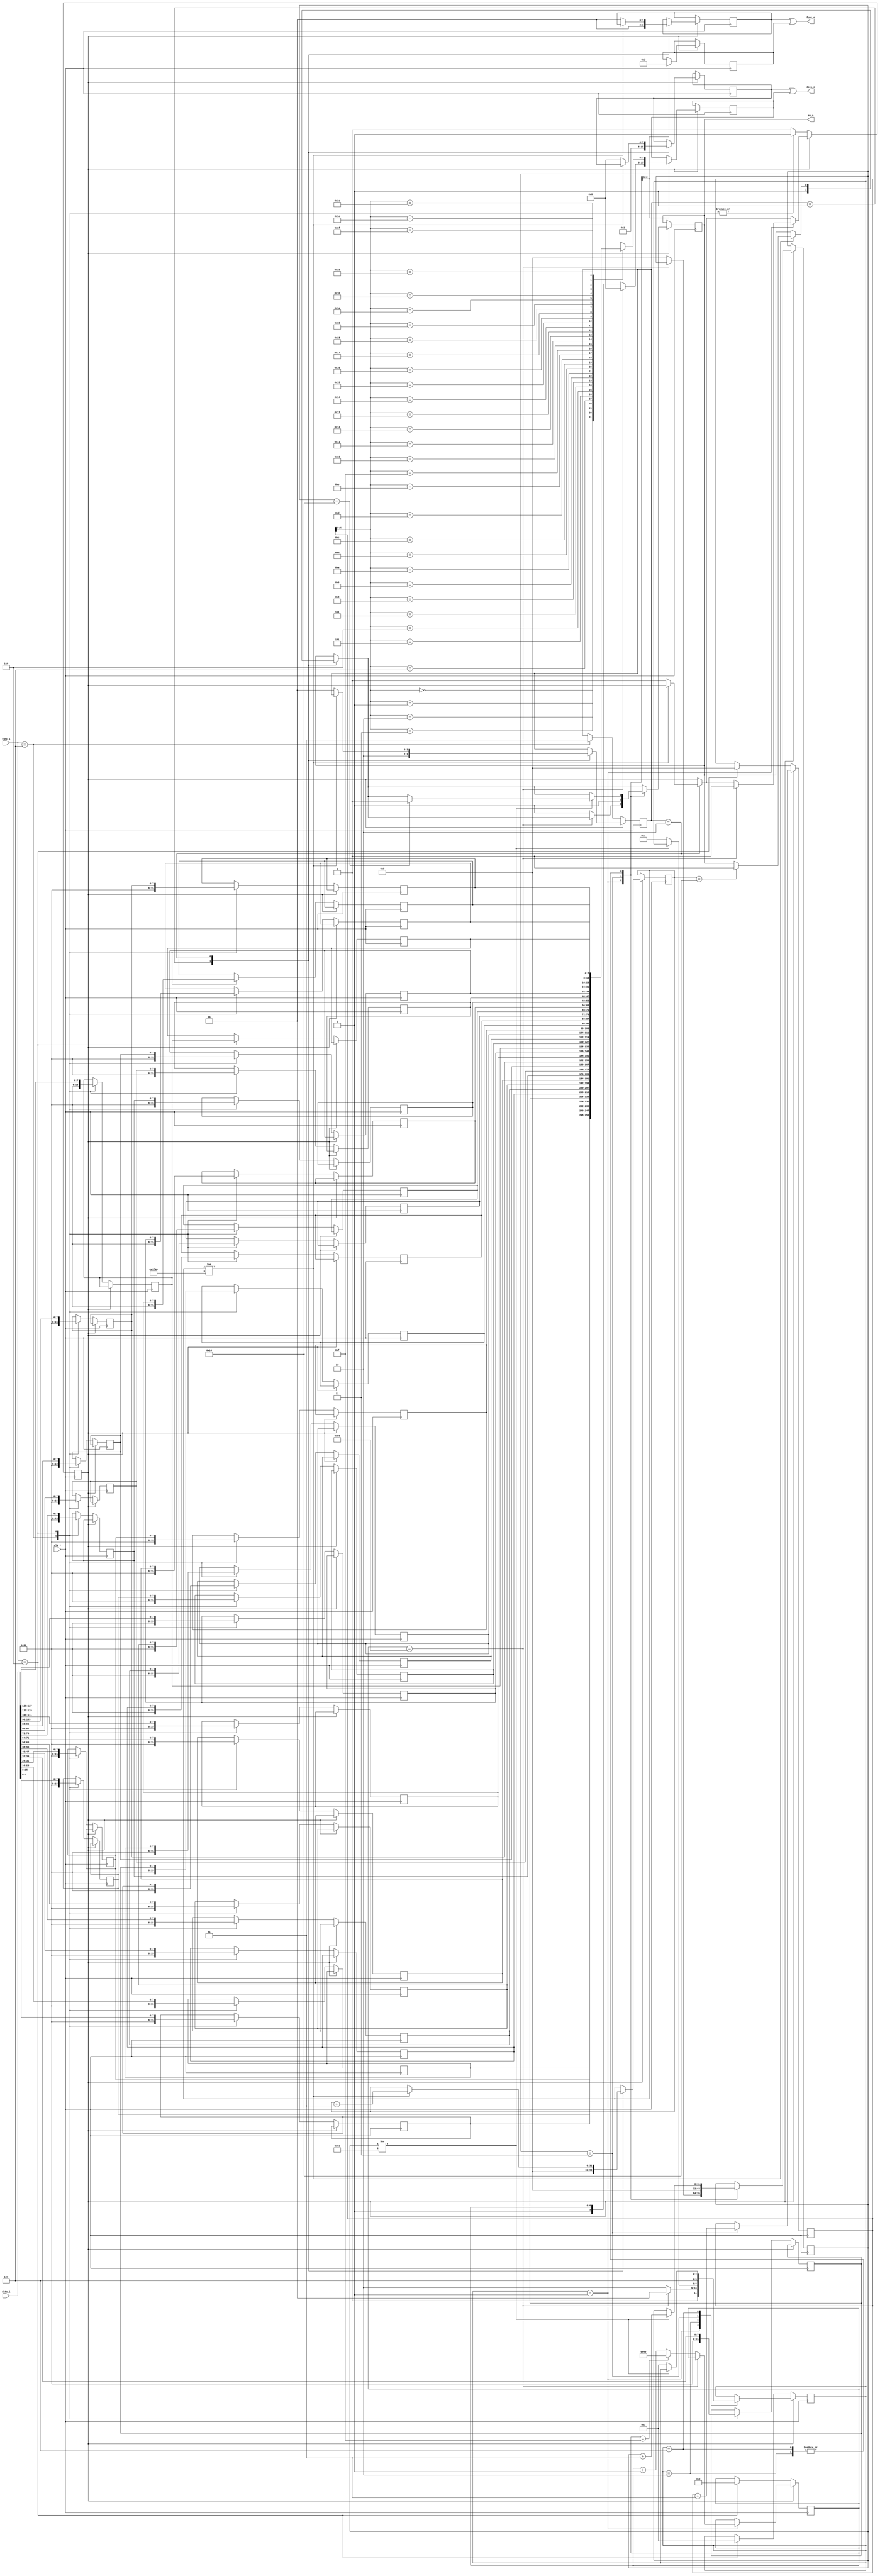
module LCDDisplay(clk_i, func_i, data_i, en_o, func_o, data_o);
  input       clk_i;
  input [2:0] func_i;
  input [127:0] data_i; // array of 16 chars
  reg   [7:0] data_c [0:31];

  // consult LCD's datasheet about the output format
  output reg en_o;
  output [1:0] func_o;
  output [7:0] data_o;

  reg [1:0] func_o_0;
  reg [1:0] func_o_1;
  assign func_o = func_o_0 | func_o_1;

  reg [7:0] data_o_0;
  reg [7:0] data_o_1;
  assign data_o = data_o_0 | data_o_1;

  `define IDLE 1'b0
  `define BUSY 1'b1
  `define SPACE 8'b00100000

  integer   i;
  reg       state;
  reg [1:0] lcd_clr_state;
  integer   lcd_clr_cyc;
  reg [2:0] lcd_wrt_state;
  integer   lcd_wrt_cyc;
  reg [6:0] ddram_addr;
  integer   cursor_pos;

  initial begin
    state = `BUSY;
    for (i = 0; i < 31; i = i + 1) begin
      data_c[i] = `SPACE;
    end
    en_o = 0;
    func_o_0 = 2'b00;
    func_o_1 = 2'b00;
    data_o_0 = 8'b0;
    data_o_1 = 8'b0;
    lcd_clr_state = 2'b00;
    lcd_wrt_state = 3'b000;
    state = `IDLE;
  end

  `define NOP 3'b000
  `define K0  3'b100
  `define K1  3'b101
  `define K2  3'b110
  `define K3  3'b111

  `define EN_PULSE_WIDTH 20
  
  always@(negedge clk_i) begin
    if (state == `IDLE) begin
      case (func_i)
        `K0: begin
          for (i = 0; i < 31; i = i + 1) begin
            data_c[i] <= `SPACE;
          end
          lcd_clr_state <= 2'b01;
          state <= `BUSY;
        end
        `K2: begin
          for (i = 0; i < 16; i = i + 1) begin
            data_c[i + 16] <= data_c[i];
          end
          data_c[0] <= data_i[7:0];
          data_c[1] <= data_i[15:8];
          data_c[2] <= data_i[23:16];
          data_c[3] <= data_i[31:24];
          data_c[4] <= data_i[39:32];
          data_c[5] <= data_i[47:40];
          data_c[6] <= data_i[55:48];
          data_c[7] <= data_i[63:56];
          data_c[8] <= data_i[71:64];
          data_c[9] <= data_i[79:72];
          data_c[10] <= data_i[87:80];
          data_c[11] <= data_i[95:88];
          data_c[12] <= data_i[103:96];
          data_c[13] <= data_i[111:104];
          data_c[14] <= data_i[119:112];
          data_c[15] <= data_i[127:120];
          cursor_pos <= 0;
          ddram_addr <= 7'b0000000;
          lcd_wrt_state <= 3'b001;
          state <= `BUSY;
        end
      endcase
    end else begin
      // BUSY state
      case (lcd_clr_state)
        2'b00: begin
          // DO NOTHING
        end
        2'b01: begin
          en_o <= 1;
          func_o_0 <= 2'b00;
          data_o_0 <= 8'b00000001;
          lcd_clr_state <= 2'b10;
          lcd_clr_cyc <= 0;
        end
        2'b10: begin
          if (lcd_clr_cyc != 8000) begin
            if (lcd_clr_cyc == `EN_PULSE_WIDTH) begin
              en_o <= 0;
            end
            lcd_clr_cyc <= lcd_clr_cyc + 1;
          end else begin
			data_o_0 <= 8'b0;
			func_o_0 <= 2'b00;
            lcd_clr_state <= 2'b00;
            state <= `IDLE;
          end
        end
      endcase

      case (lcd_wrt_state)
        3'b000: begin
          // DO NOTHING
        end
        3'b001: begin
          if (ddram_addr == 7'h50) begin
			data_o_1 <= 8'b0;
			func_o_1 <= 2'b00;
            lcd_wrt_state <= 3'b000;
            state <= `IDLE;
          end else begin
			en_o <= 1;
            func_o_1 <= 2'b00;
            data_o_1 <= {1'b1, ddram_addr};
            if (ddram_addr == 7'h0F) begin
              ddram_addr <= 7'h40;
            end else begin
              ddram_addr <= ddram_addr + 7'b1;
            end
            lcd_wrt_state <= 3'b010;
            lcd_wrt_cyc <= 0;
          end
        end
        3'b010: begin
          if (lcd_wrt_cyc != 250) begin
            if (lcd_wrt_cyc == `EN_PULSE_WIDTH) begin
              en_o <= 0;
            end
            lcd_wrt_cyc <= lcd_wrt_cyc + 1;
          end else begin
            lcd_wrt_state <= 3'b011;
          end
        end
        3'b011: begin
		  en_o <= 1;
          func_o_1 <= 2'b10;
          data_o_1 <= data_c[cursor_pos];
          cursor_pos <= cursor_pos + 1;
          lcd_wrt_state <= 3'b100;
          lcd_wrt_cyc <= 0;
        end
        3'b100: begin
          if (lcd_wrt_cyc != 250) begin
            if (lcd_wrt_cyc == `EN_PULSE_WIDTH) begin
              en_o <= 0;
            end
            lcd_wrt_cyc <= lcd_wrt_cyc + 1;
          end else begin
            lcd_wrt_state <= 3'b001;
          end
        end
      endcase
    end
  end

endmodule